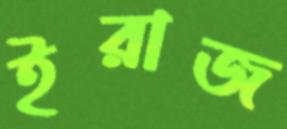
ইরাজ